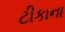
ટીકાના